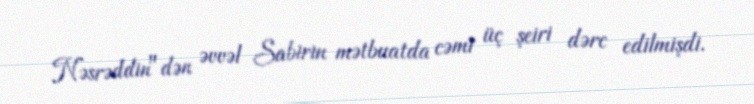
Nəsrəddin"dən əvvəl Sabirin mətbuatda cəmi üç şeiri dərc edilmişdi.